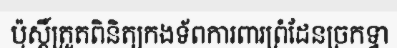
ប៉ុស្តិ៍ត្រួតពិនិត្យកងទ័ពការពារព្រំដែនច្រកទ្វា